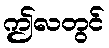
ဤလတွင်